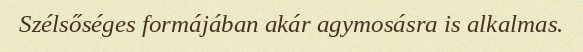
Szélsőséges formájában akár agymosásra is alkalmas.